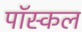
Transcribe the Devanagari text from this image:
पॉस्कल